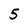
Character: 5